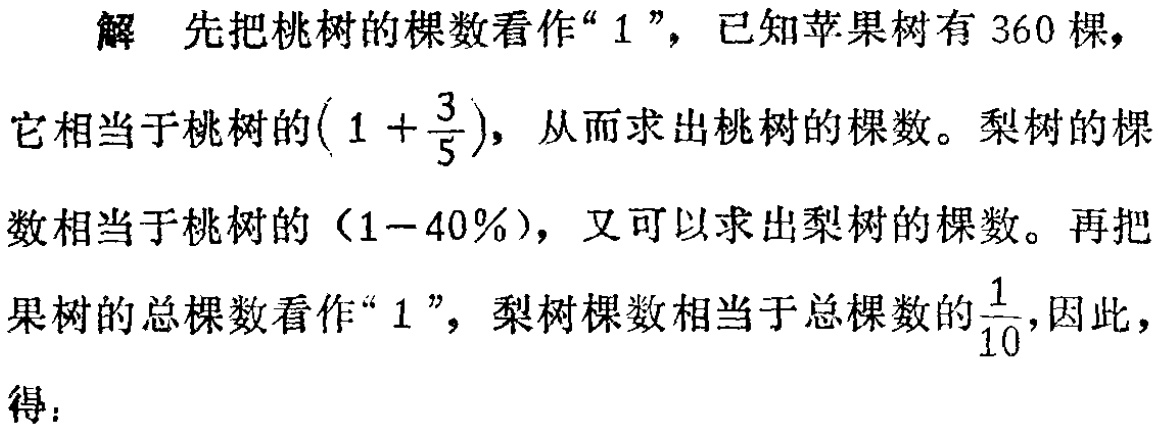
解 先把桃树的棵数看作“$1$”，已知苹果树有$360$棵，它相当于桃树的$\left(1 + \dfrac{3}{5}\right)$，从而求出桃树的棵数。梨树的棵数相当于桃树的（$1 - 40\%$），又可以求出梨树的棵数。再把果树的总棵数看作“$1$”，梨树棵数相当于总棵数的$\dfrac{1}{10}$，因此，得：